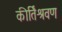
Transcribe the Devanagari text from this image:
कीर्तिश्रवण